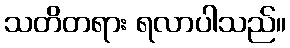
သတိတရား ရလာပါသည်။